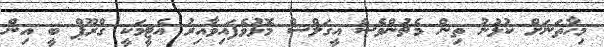
މިހާތަނަށް ކުޅުނު ތިން މެޗުންވެސް އީގަލްސް މޮޅުވެފައިވާއިރު އެޓީމަކީ ގްރޫޕް ބީ އިން